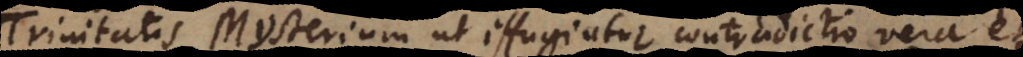
Trinitatis Mysterium ut effugiatur contradictio vera et